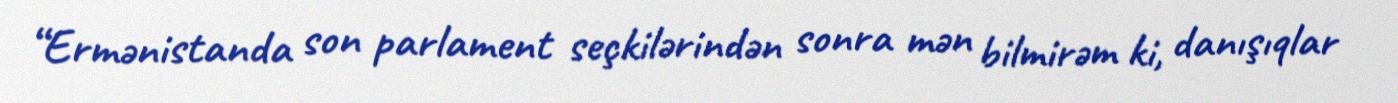
“Ermənistanda son parlament seçkilərindən sonra mən bilmirəm ki, danışıqlar